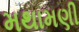
મથામણી